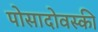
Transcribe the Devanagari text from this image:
पोसादोवस्की